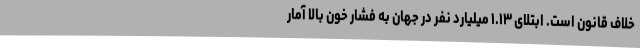
خلاف قانون است. ابتلای ۱.۱۳ میلیارد نفر در جهان به فشار خون بالا آمار